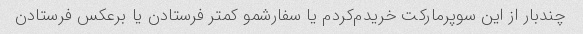
چندبار از این سوپرمارکت خریدم‌کردم یا سفارشمو کمتر فرستادن یا برعکس فرستادن